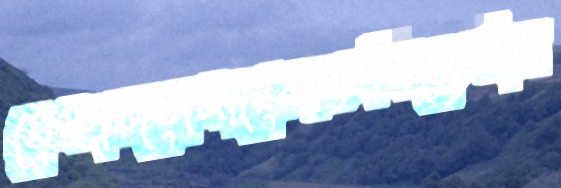
নেফারডোমারেরছড়লিনেস্টার